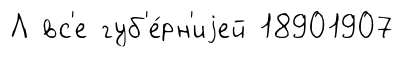
Л вс'е губ'е́рн'иjей 18901907